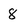
Character: 8